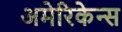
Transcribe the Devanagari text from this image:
अमेरिकेन्स